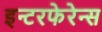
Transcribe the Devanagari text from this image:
इन्टरफेरेन्स